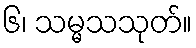
၆၊ သမ္မသသုတ်။